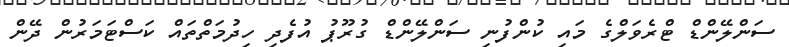
ސަންލޭންޑް ޓްރެވަލްގެ މައި ކުންފުނި ސަންލޭންޑް ގުރޫޕު އުފެދި ހިދުމަތްތައް ކަސްޓަމަރުން ދޭން